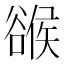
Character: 𧯁